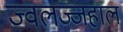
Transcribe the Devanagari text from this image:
ज्वलज्जहाल